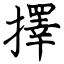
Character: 擇